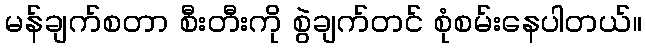
မန်ချက်စတာ စီးတီးကို စွဲချက်တင် စုံစမ်းနေပါတယ်။